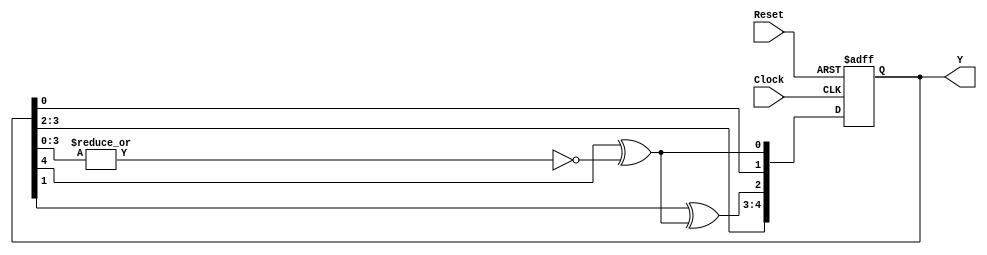
`define  TAP5 5'b10010

`define  TAPS  `TAP5

module LFSR_nbit(Clock, Reset, Y);
 parameter  Width = 5;
 
 input  Clock, Reset;
 output  [Width - 1:0] Y;
 wire  [Width - 1:0] Taps;
 
 integer  N;
 
 reg  Bits0_Nminus1_Zero, Feedback;
 reg  [Width - 1:0] LFSR_Reg, Next_LFSR_Reg;
assign   Taps[Width - 1:0] = `TAPS;

always@(negedge Reset or posedge Clock)
 begin : LFSR_Register
  if(!Reset)
   LFSR_Reg = 0;
  else
   LFSR_Reg = Next_LFSR_Reg;
 end

always@(LFSR_Reg)

 begin : LFSR_Feedback
  
  Bits0_Nminus1_Zero = ~| LFSR_Reg[Width - 2:0];
  Feedback = LFSR_Reg[Width-1] ^Bits0_Nminus1_Zero;
  
 for(N=Width-1;N>=1;N=N-1)
  if(Taps[N-1] == 1)
   Next_LFSR_Reg[N] = LFSR_Reg[N-1]^Feedback;
  else
   Next_LFSR_Reg[N] = LFSR_Reg[N-1];
 Next_LFSR_Reg[0] = Feedback;
 
 end
 
 assign Y = LFSR_Reg;
endmodule